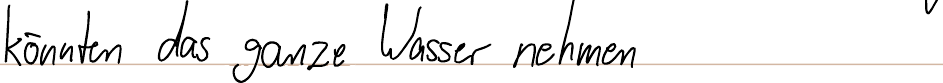
könnten das ganze Wasser nehmen